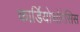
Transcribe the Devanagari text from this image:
कार्डियोथोरेसिस